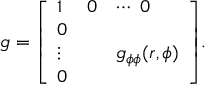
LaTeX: g = { \left[ \begin{array} { l l l } { 1 } & { 0 } & { \cdots \ 0 } \\ { 0 } & { } & { } \\ { \vdots } & { } & { g _ { \phi \phi } ( r , \phi ) } \\ { 0 } & { } & { } \end{array} \right] } .